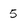
Character: 5